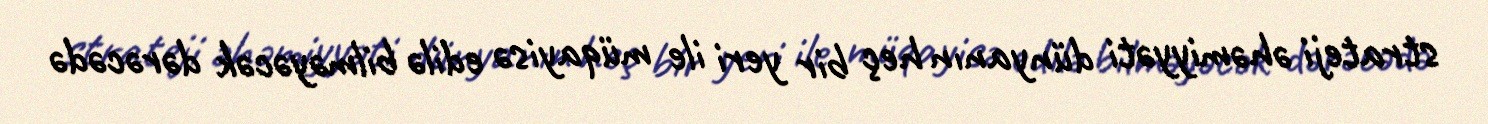
strateji əhəmiyyəti dünyanın heç bir yeri ile müqayisə edilə bilməyəcək dərəcədə